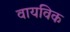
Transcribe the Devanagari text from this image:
वायविक